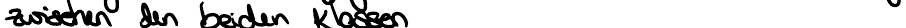
zwischen den beiden Klassen